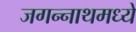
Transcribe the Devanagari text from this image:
जगन्‍नाथमध्ये